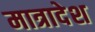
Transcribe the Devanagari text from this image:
मात्रादेश